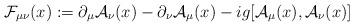
LaTeX: \begin{align*}{\cal F}_{\mu\nu}(x) := \partial_\mu {\cal A}_\nu(x) - \partial_\nu {\cal A}_\mu(x) - ig [{\cal A}_\mu(x), {\cal A}_\nu(x)]\end{align*}